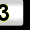
Digit: 3